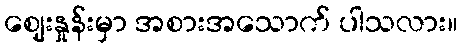
ဈေးနှုန်းမှာ အစားအသောက် ပါသလား။